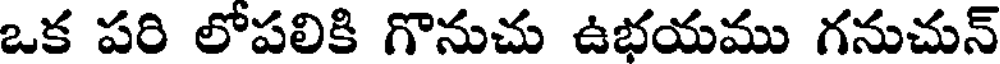
ఒక పరి లోపలికి గొనుచు ఉభయము గనుచున్